Annual administration report of the Civil Veterinary Department of India - 1897-1898
Year: 1897
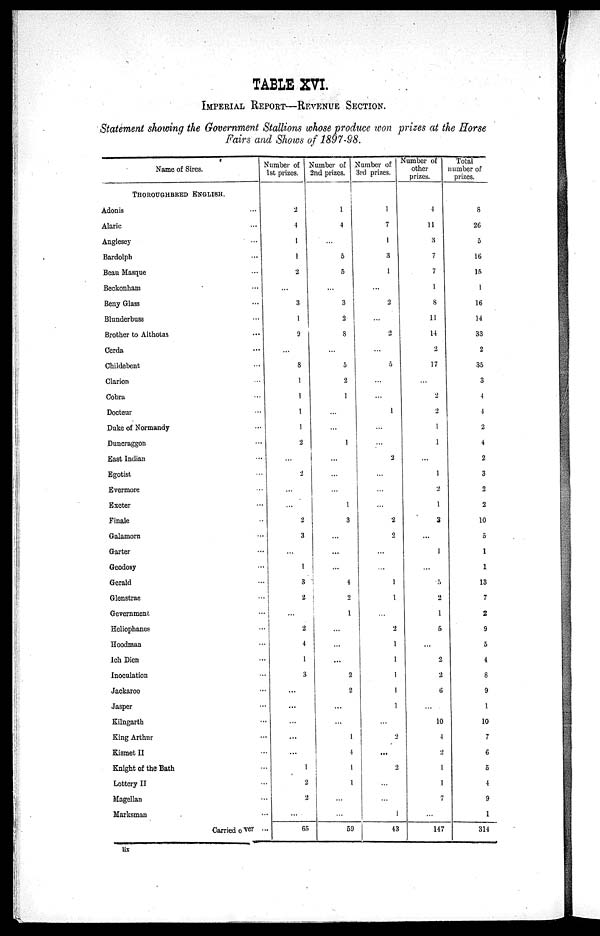
TABLE XVI.
IMPERIAL REPORT—REVENUE SECTION.
Statement showing the Government Stallions whose produce won prizes at the Horse
Fairs and Shows of 1897—98.
Name of Sires.
THOROUGHBRED ENGLISH.
Adonis ...
Alaric ...
Anglesey ...
Bardolph ...
Beau Masque ...
Beckonham ...
Beny Glass ...
Blunderbuss ...
Brother to Althotas ...
Cerda ...
Childebent ...
Clarion ...
Cobra ...
Docteur ...
Duke of Normandy ...
Duncraggon ...
East Indian ...
Egotist ...
Evermore ...
Exeter ...
Finale ...
Galamorn ...
Garter ...
Geodosy ...
Gerald ...
Glenstrae ...
Gevernment ...
Heliophanes ...
Hoodman ...
Ich Dien ...
Inoculation ...
Jackaroo ...
Jasper ...
Kilngarth ...
King Arthur ...
Kismet II ...
Knight of the Bath ...
Lottery II ...
Magellan ...
Marksman ...
Carried over ...
Number of
1st prizes.
2
1
1
1
2
...
3
1
9
...
8
1
...
...
1
2
...
2
...
...
2
3
...
1
3
2
...
2
4
1
3
...
...
...
...
...
1
2
2
...
65
Number of
2nd prizes.
1
4
...
5
5
...
3
2
8
...
5
2
1
...
...
1
...
...
...
1
3
...
...
...
4
2
1
...
...
...
2
2
...
...
1
4
1
1
...
...
59
Number of
3rd prizes.
1
7
1
3
1
...
2
...
2
...
5
...
...
1
...
...
2
...
...
...
2
2
...
...
1
1
...
2
1
1
1
1
1
...
2
...
2
...
...
1
4 3
Number of
other
prizes.
1
11
3
7
7
1
8
11
14
2
17
2
2
1
1
...
1
2
1
3
...
1
...
5
2
1
5
...
2
2
6
...
10
4
2
1
1
7
...
147
Total
number of
prizes.
8
26
5
16
15
1
16
14
33
2
35
3
4
4
2
4
2
3
2
2
10
5
1
1
13
7
2
9
5
4
8
9
1
10
7
6
5
4
9
1
314
lix